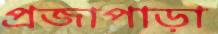
প্রজাপাড়া